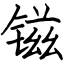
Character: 镃